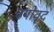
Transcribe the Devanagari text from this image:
वयोवृद